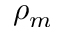
\rho _ { m }